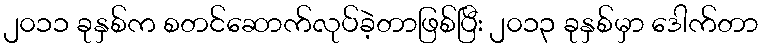
၂၀၁၁ ခုနှစ်က စတင်ဆောက်လုပ်ခဲ့တာဖြစ်ပြီး ၂၀၁၃ ခုနှစ်မှာ ဒေါက်တာ